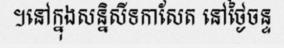
។នៅក្នុងសន្និសីទកាសែត នៅថ្ងៃចន្ទ